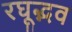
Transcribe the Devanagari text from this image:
रघूद्भव